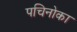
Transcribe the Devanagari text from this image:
पचिनोका